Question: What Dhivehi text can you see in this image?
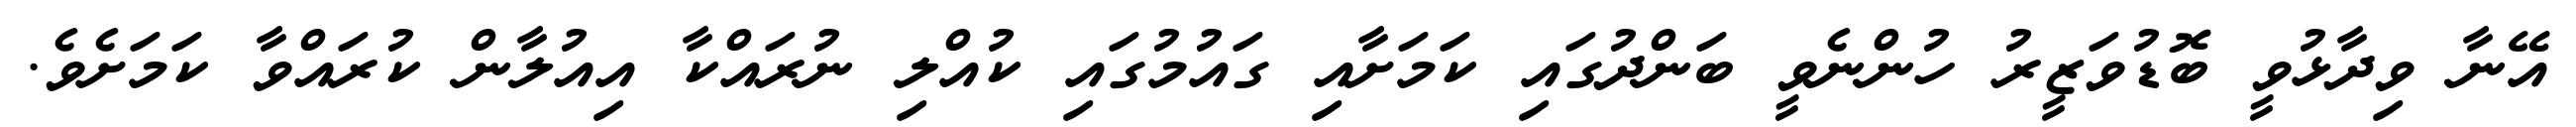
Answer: އޭނާ ވިދާޅުވީ ބޮޑުވަޒީރު ހުންނެވީ ބަންދުގައި ކަމަށާއި ގައުމުގައި ކުއްލި ނުރައްކާ އިއުލާން ކުރައްވާ ކަމަށެވެ.